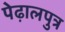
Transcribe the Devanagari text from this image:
पेढ़ालपुत्र